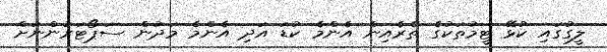
ލީގުގައި ކުޅޭ ޓީމުތަކުގެ ތެރެއިން އެންމެ ކުޑަ އަދި އެންމެ މަދުން ސަޕޯޓަރުންނަށް